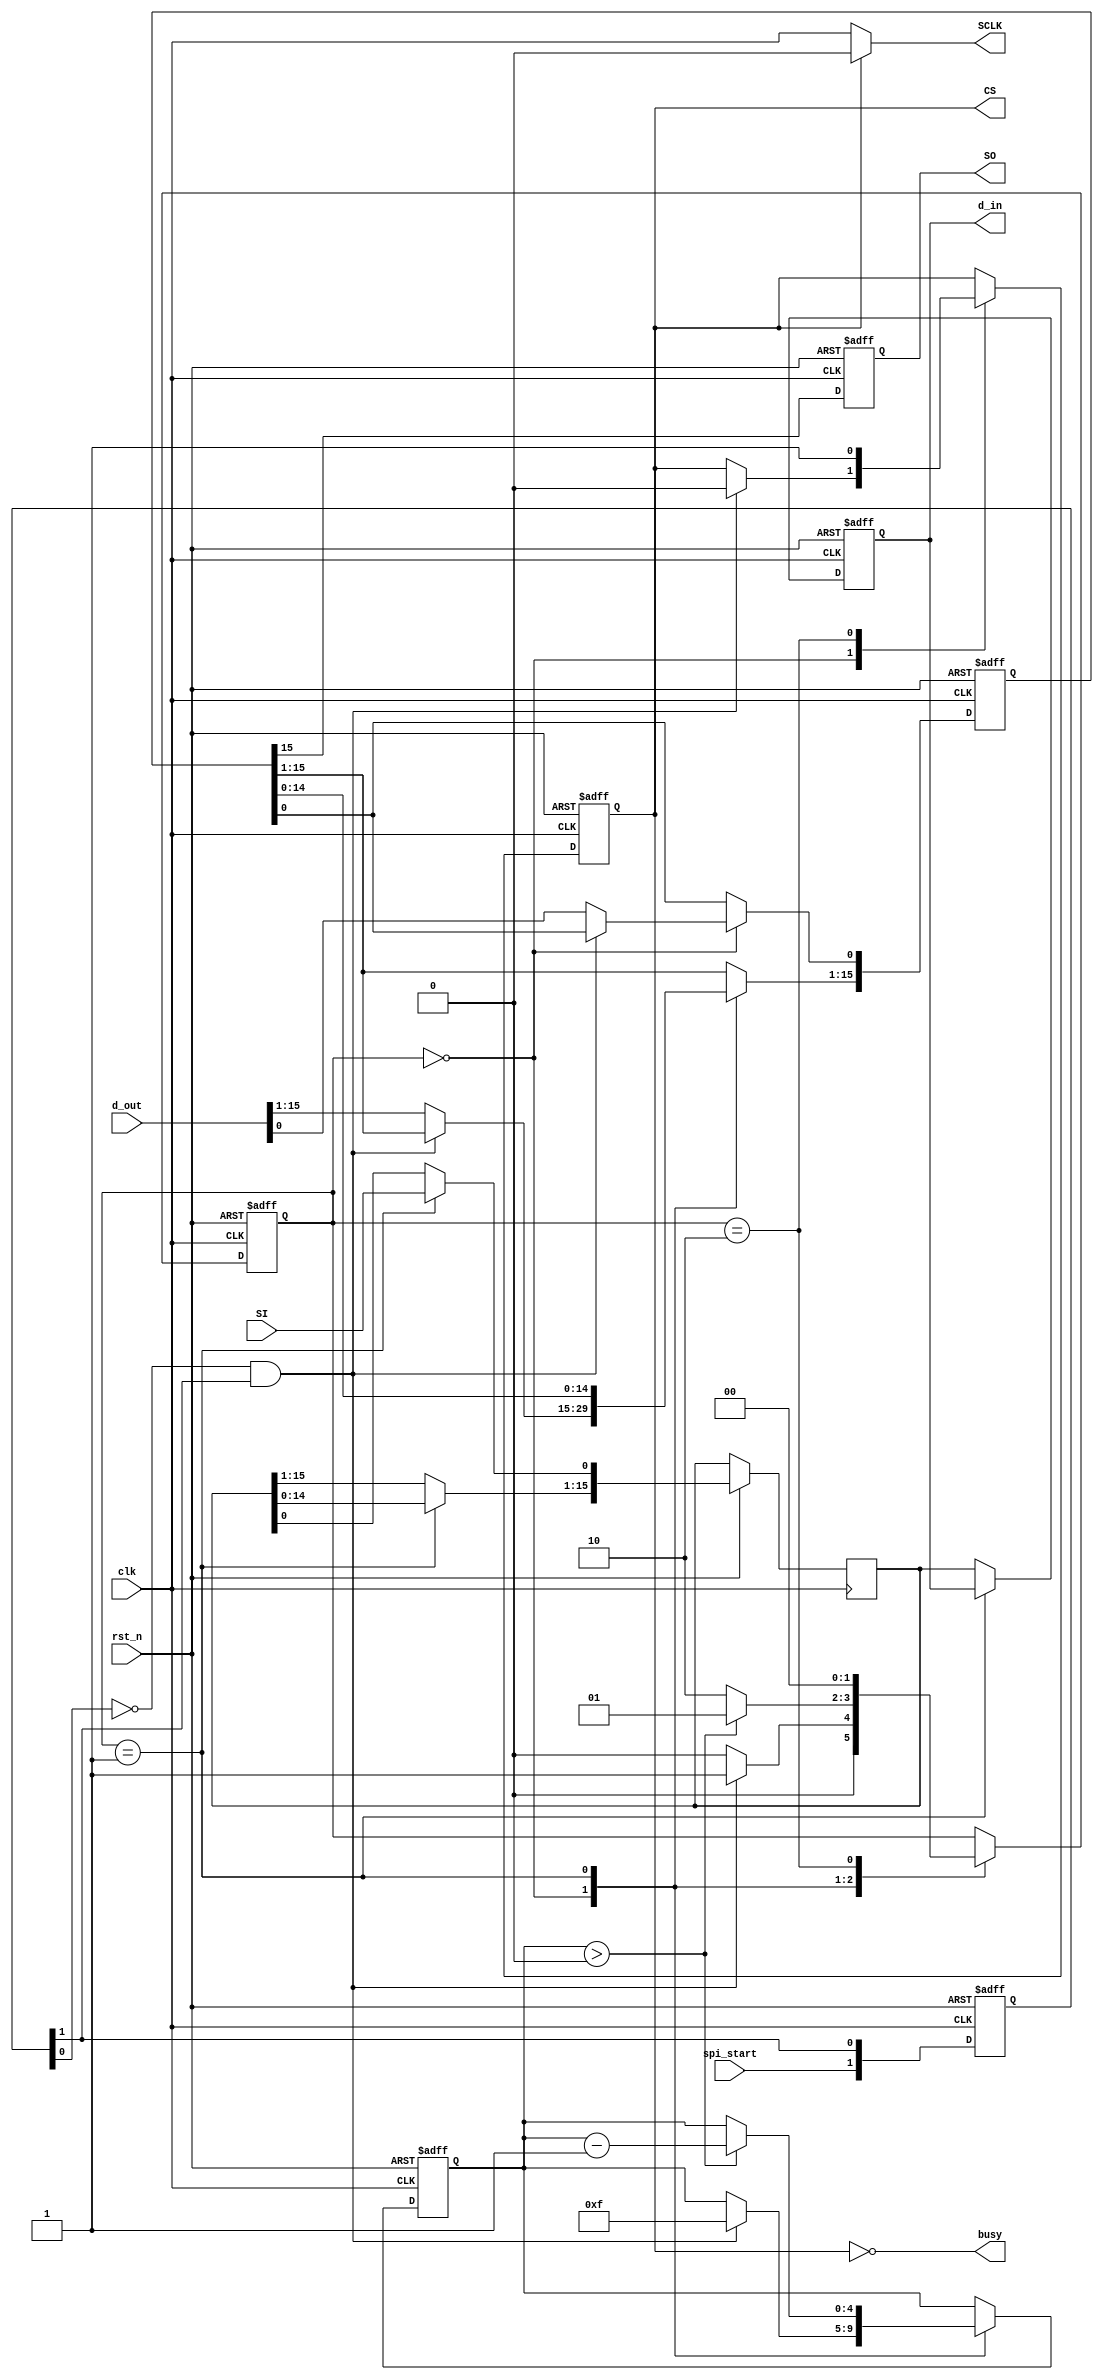
module spi_bus(clk,rst_n,d_out,spi_start,SI,SO,CS,SCLK,d_in,busy);
//clk spi 
//rst_n 
//d_out spi
//spi_start 
//SI 
//SO 
//CS 
//SCLK 
//d_in SPI
//busy 
parameter BUS_WIDTH = 16;
parameter CNT_SIZE = 4;		//require 2**CNT_SIZE >= BUS_WIDTH

input wire clk;
input wire rst_n;
input wire[BUS_WIDTH-1:0] d_out;
input wire spi_start;
input wire SI;			// 
output reg SO;			// 
output wire CS;
output wire SCLK;				//
output reg[BUS_WIDTH-1:0] d_in;
output wire busy;		//

reg [BUS_WIDTH-1:0] d_buf_in;
reg[BUS_WIDTH-1:0] d_buf_out;
reg[1:0] spi_start_rising;
reg[1:0] state;
reg[CNT_SIZE:0] send_cnt;			//
reg chip_select;
//state machine
parameter wait_start = 2'd0,start = 2'd1,end_state = 2'd2;

wire bus_start = (~spi_start_rising[0])&spi_start_rising[1];	//spi_startbus_start = 1
assign CS = chip_select;
assign SCLK = (chip_select == 0)?clk:0;
assign busy = ~CS;
always @(posedge clk or negedge rst_n) begin
	if(!rst_n)
		spi_start_rising <= 2'b11;
	else begin
		if(clk == 1)begin
			spi_start_rising[0] <= spi_start_rising[1];
			spi_start_rising[1] <= spi_start;
		end
	end
end

always @(negedge clk or negedge rst_n) begin		//clkSOSI
	if (!rst_n) begin
		SO <= 1;
		d_in <= 0;
	end
	else begin
		if(!clk)begin
			SO <= d_buf_out[BUS_WIDTH-1];			//
			if(state == start)begin
				d_buf_in[0] <= SI;
				d_buf_in[BUS_WIDTH-1:1] = d_buf_in[BUS_WIDTH-2:0];
			end
			else
				d_in <= d_buf_in;
		end
	end
end

always @(posedge clk or negedge rst_n) begin
	if (!rst_n) begin
		chip_select <= 1;
		d_buf_out <= 0;
		state <= wait_start;
		send_cnt <= BUS_WIDTH-2;
	end
	else begin
		if(clk == 1) begin
			case(state)
				wait_start:begin
				if(bus_start == 1'b1) begin		//spi_start
						state <= start;				//
						send_cnt <= BUS_WIDTH-1;	//
						chip_select = 0;				//
					end
					else begin
						d_buf_out <= d_out;
						state <= wait_start;			//spi
					end
				end
				start:begin								//
				d_buf_out[BUS_WIDTH-1:1] = d_buf_out[BUS_WIDTH-2:0];
					if (send_cnt > 0) begin		//0
							state <= start;
							send_cnt <= send_cnt-1;
					end
					else begin						//0end_state
						state <= end_state;
					end
				end
				end_state:begin					//
					chip_select <= 1;				//
					state <= wait_start;			//
				end
			endcase
		end
	end
end
endmodule